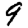
Digit: 9